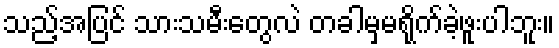
သည့်အပြင် သားသမီးတွေလဲ တခါမှမရိုက်ခဲ့ဖူးပါဘူး။